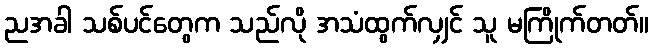
ညအခါ သစ်ပင်တွေက သည်လို အသံထွက်လျှင် သူ မကြိုက်တတ်။